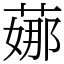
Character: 𦶦